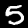
Label: 5